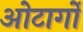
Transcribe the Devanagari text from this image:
ओटार्गो